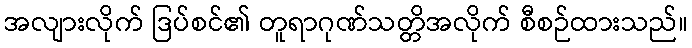
အလျားလိုက် ဒြပ်စင်၏ တူရာဂုဏ်သတ္တိအလိုက် စီစဉ်ထားသည်။